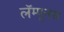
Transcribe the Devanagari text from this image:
लॅम्पूनस